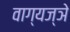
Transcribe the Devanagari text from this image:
वाग्यज्ञे